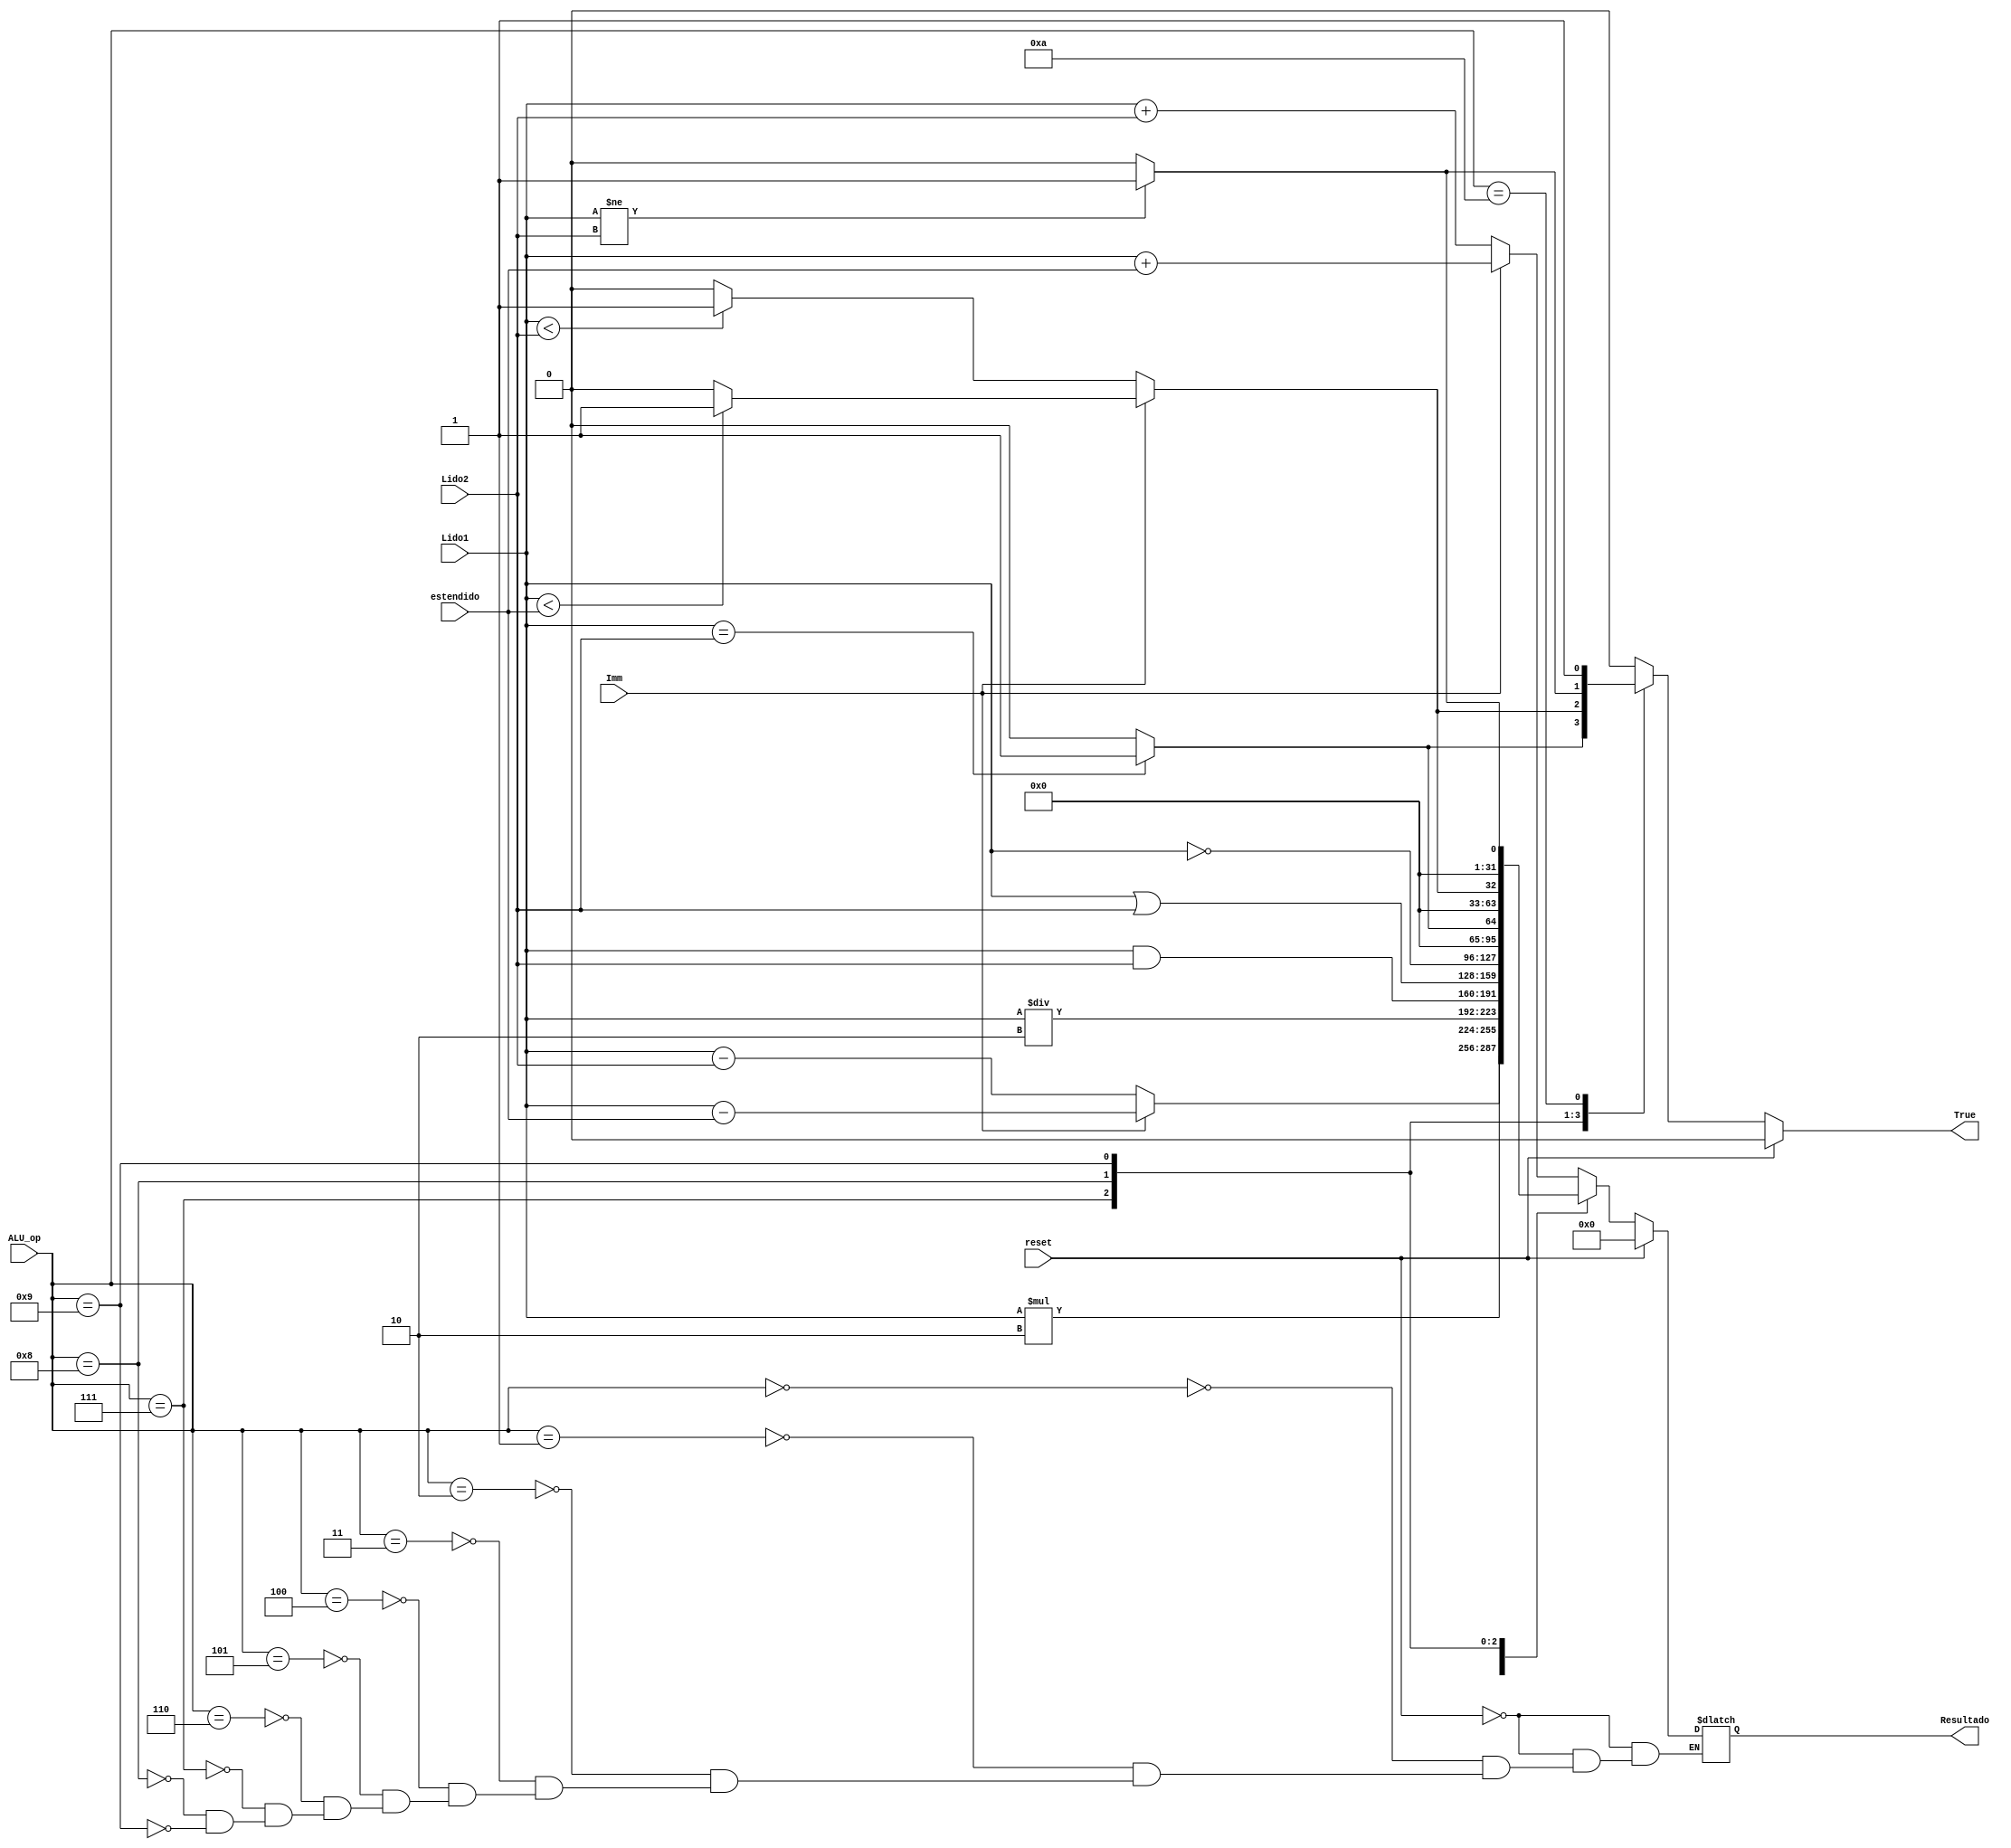
module ULA(input reset, input [4:0] ALU_op, input Imm, input [31:0] Lido1, input [31:0] Lido2, input [31:0] estendido, output reg True, output reg [31:0] Resultado);



always @(Lido1 or Lido2 or estendido or ALU_op or reset)
begin
	if (reset)
	begin
	
		Resultado = 0;
		True = 0;
	
	end
	else
	begin
	
		True = 0;
	
		case(ALU_op)
	
			0: //ADD
			begin
				if (Imm)
				begin
					Resultado = Lido1 + estendido;
				end
				else Resultado = Lido1 + Lido2;
			end
	
			1: //SUB
			begin
				if (Imm)
				begin
					Resultado = Lido1 - estendido;
				end
				else Resultado = Lido1 - Lido2;
			end
	
			2: //MULT2
			begin
				Resultado = Lido1 * 2;
			end
	
			3: //DIV2
			begin
				Resultado = Lido1 / 2;
			end
	
	
			4: //AND
			begin
				Resultado = Lido1 & Lido2;
			end
	
			5: //OR
			begin
				Resultado = Lido1 | Lido2;
			end
	
	
			6: //NOT
			begin
				Resultado = ~Lido1;
			end
	
	
			7: //Equal Than
			begin
				if (Lido1 == Lido2) begin
					Resultado = 1;
					True = 1;
				end
	
				else begin
					Resultado = 0;
					True = 0;
				end
			end
	
			8: //Less Than
			begin
				if (Imm)
				begin
					if(Lido1 < estendido) 
					begin
						Resultado = 1;
						True = 1;
					end
					else 
					begin
						Resultado = 0;
						True = 0;
					end
				end
				else if (Lido1 < Lido2) begin
					Resultado = 1;
					True = 1;
				end
	
				else begin
					Resultado = 0;
					True = 0;
				end
			end
			
			9: //Not Equal Than
			begin
				if (Lido1 != Lido2) begin
					Resultado = 1;
					True = 1;
				end
	
				else begin
					Resultado = 0;
					True = 0;
				end
			end
			
			10:
			begin
				True = 1;
			end
	
		endcase
	end
end

endmodule